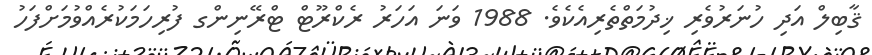
ޤާބިލް އަދި ހުނަރުވެރި ޚިދުމަތްތެރިއެކެވެ. 1988 ވަނަ އަހަރު ރެކްރޫޓް ޓްރޭނިންގ ފުރިހަމަކުރެއްވުމަށްފަހު